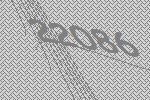
22086